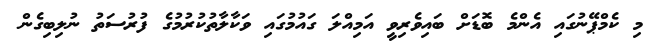
މި ކެމްޕޭނުގައި އެންމެ ބޮޑަށް ބައިވެރިވީ އަމިއްލަ ގައުމުގައި ވަކާލާތުކުރުމުގެ ފުރުސަތު ނުލިބިގެން